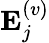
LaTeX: {\mathbf E}_{j}^{(v)}